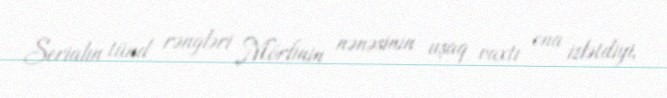
Serialın tünd rəngləri Mörfinin nənəsinin uşaq vaxtı ona izlətdiyi,